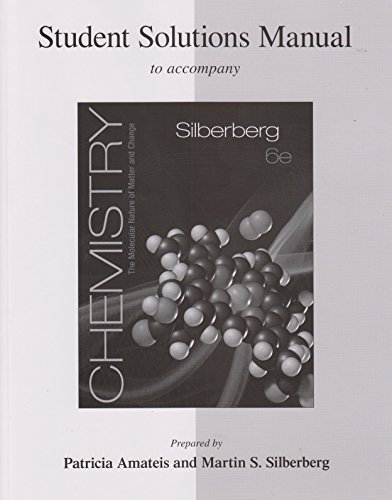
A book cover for Student Solutions Manual for Silberberg Chemistry: The Molecular Nature of Matter and Change; Martin Silberberg; Science & Math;